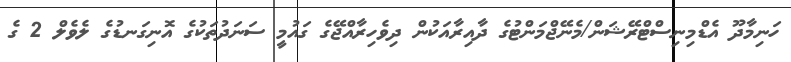
ހަނިމާދޫ އެޑްމިނިސްޓްރޭޝަން/މެނޭޖްމަންޓުގެ ދާއިރާއަކުން ދިވެހިރާއްޖޭގެ ގައުމީ ސަނަދުތަކުގެ އޮނިގަނޑުގެ ލެވެލް 2 ގެ